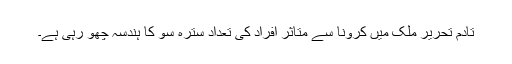
تادم تحریر ملک میں کرونا سے متاثر افراد کی تعداد سترہ سو کا ہندسہ چھو رہی ہے۔